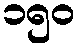
၁၅၀